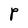
Character: P